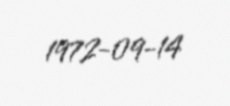
1972-09-14